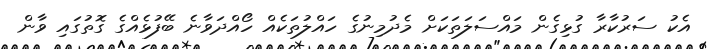
އެކު ސަރުކާރާ ގުޅިގެން މައްސަލަތަކަށް މެދުމިނުގެ ހައްލުތަކެއް ހޯއްދަވާނެ ބޭފުޅެއްގެ ގޮތުގައި ވާން